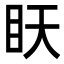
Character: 䀖